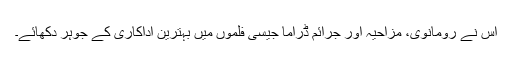
اس نے رومانوی، مزاحیہ اور جرائم ڈراما جیسی فلموں میں بہترین اداکاری کے جوہر دکھائے۔